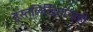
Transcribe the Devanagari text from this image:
हस्तलिखितांचाही